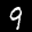
Label: 9